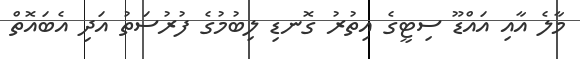
މާލެ އާއި އައްޑޫ ސިޓީގެ އިތުރު ގޮނޑި ލިބުމުގެ ފުރުސަތު އަދި އެބައޮތް